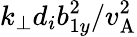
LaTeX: k_{\perp}d_{i}b_{1y}^{2}/v_{\mathrm{A}}^{2}